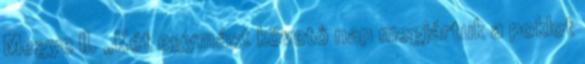
Megye II. „Két egymást követő nap megjártuk a poklot